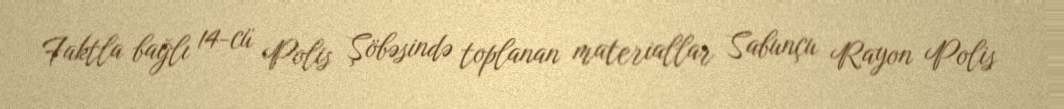
Faktla bağlı 14-cü Polis Şöbəsində toplanan materiallar Sabunçu Rayon Polis